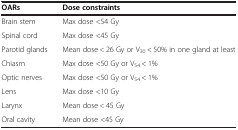
| OARs | Dose constraints |
 | --- | --- |
 | Brain stem | Max dose <54 Gy |
 | Spinal cord | Max dose <45 Gy |
 | Parotid glands | Mean dose < 26 Gy or V30 < 50% in one gland at least |
 | Chiasm | Max dose <50 Gy or V54 < 1% |
 | Optic nerves | Max dose <50 Gy or V54 < 1% |
 | Lens | Max dose <10 Gy |
 | Larynx | Mean dose < 45 Gy |
 | Oral cavity | Mean dose <45 Gy |